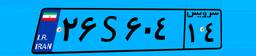
۰۰S۷۶۴۱۹